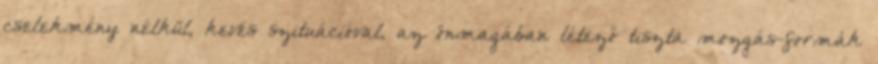
cselekmény nélkül, kevés szituációval, az önmagában létező tiszta mozgás-formák